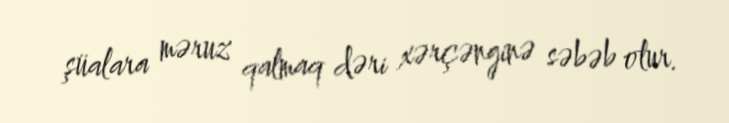
şüalara məruz qalmaq dəri xərçənginə səbəb olur.